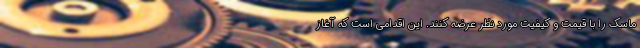
ماسک را با قیمت و کیفیت مورد نظر عرضه کنند. این اقدامی است که آغاز